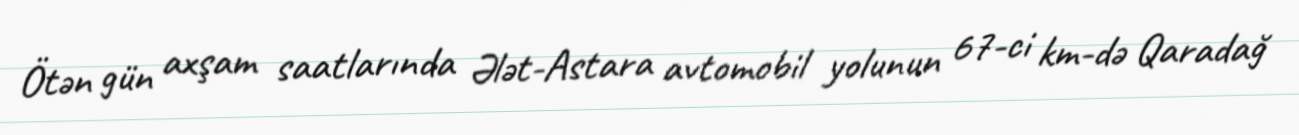
Ötən gün axşam saatlarında Ələt-Astara avtomobil yolunun 67-ci km-də Qaradağ